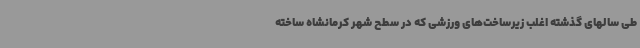
طی سالهای گذشته اغلب زیرساخت‌های ورزشی که در سطح شهر کرمانشاه ساخته